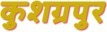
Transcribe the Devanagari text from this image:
कुशग्रपुर